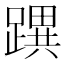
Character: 𨅜